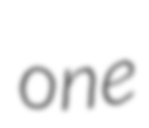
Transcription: one